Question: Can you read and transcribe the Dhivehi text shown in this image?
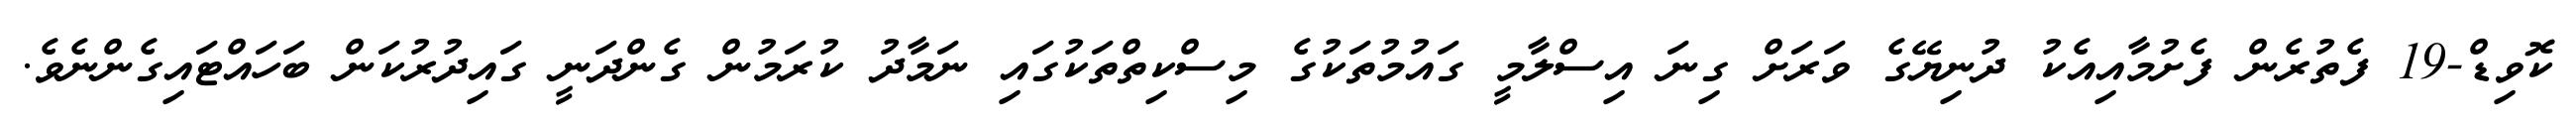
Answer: ކޮވިޑް-19 ފެތުރެން ފެށުމާއިއެކު ދުނިޔޭގެ ވަރަށް ގިނަ އިސްލާމީ ގައުމުތަކުގެ މިސްކިތްތަކުގައި ނަމާދު ކުރަމުން ގެންދަނީ ގައިދުރުކަން ބަހައްޓައިގެންނެވެ.